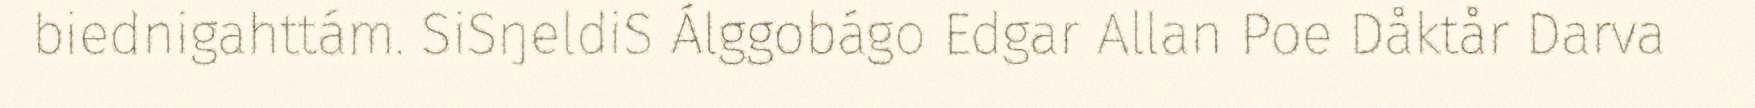
biednigahttám. SiSŋeldiS Álggobágo Edgar Allan Poe Dåktår Darva